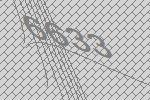
6633